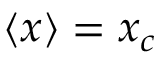
\langle x \rangle = x _ { c }